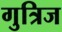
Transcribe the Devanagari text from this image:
गुत्रिज